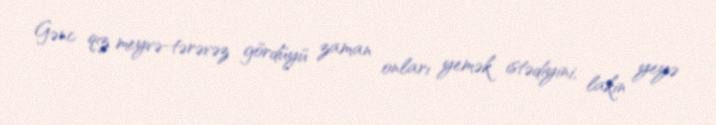
Gənc qız meyvə-tərəvəz gördüyü zaman onları yemək istədiyini, lakin yeyə